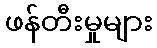
ဖန်တီးမှုများ